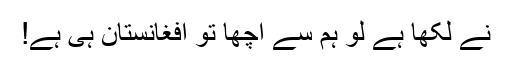
نے لکھا ہے لو ہم سے اچھا تو افغانستان ہی ہے!